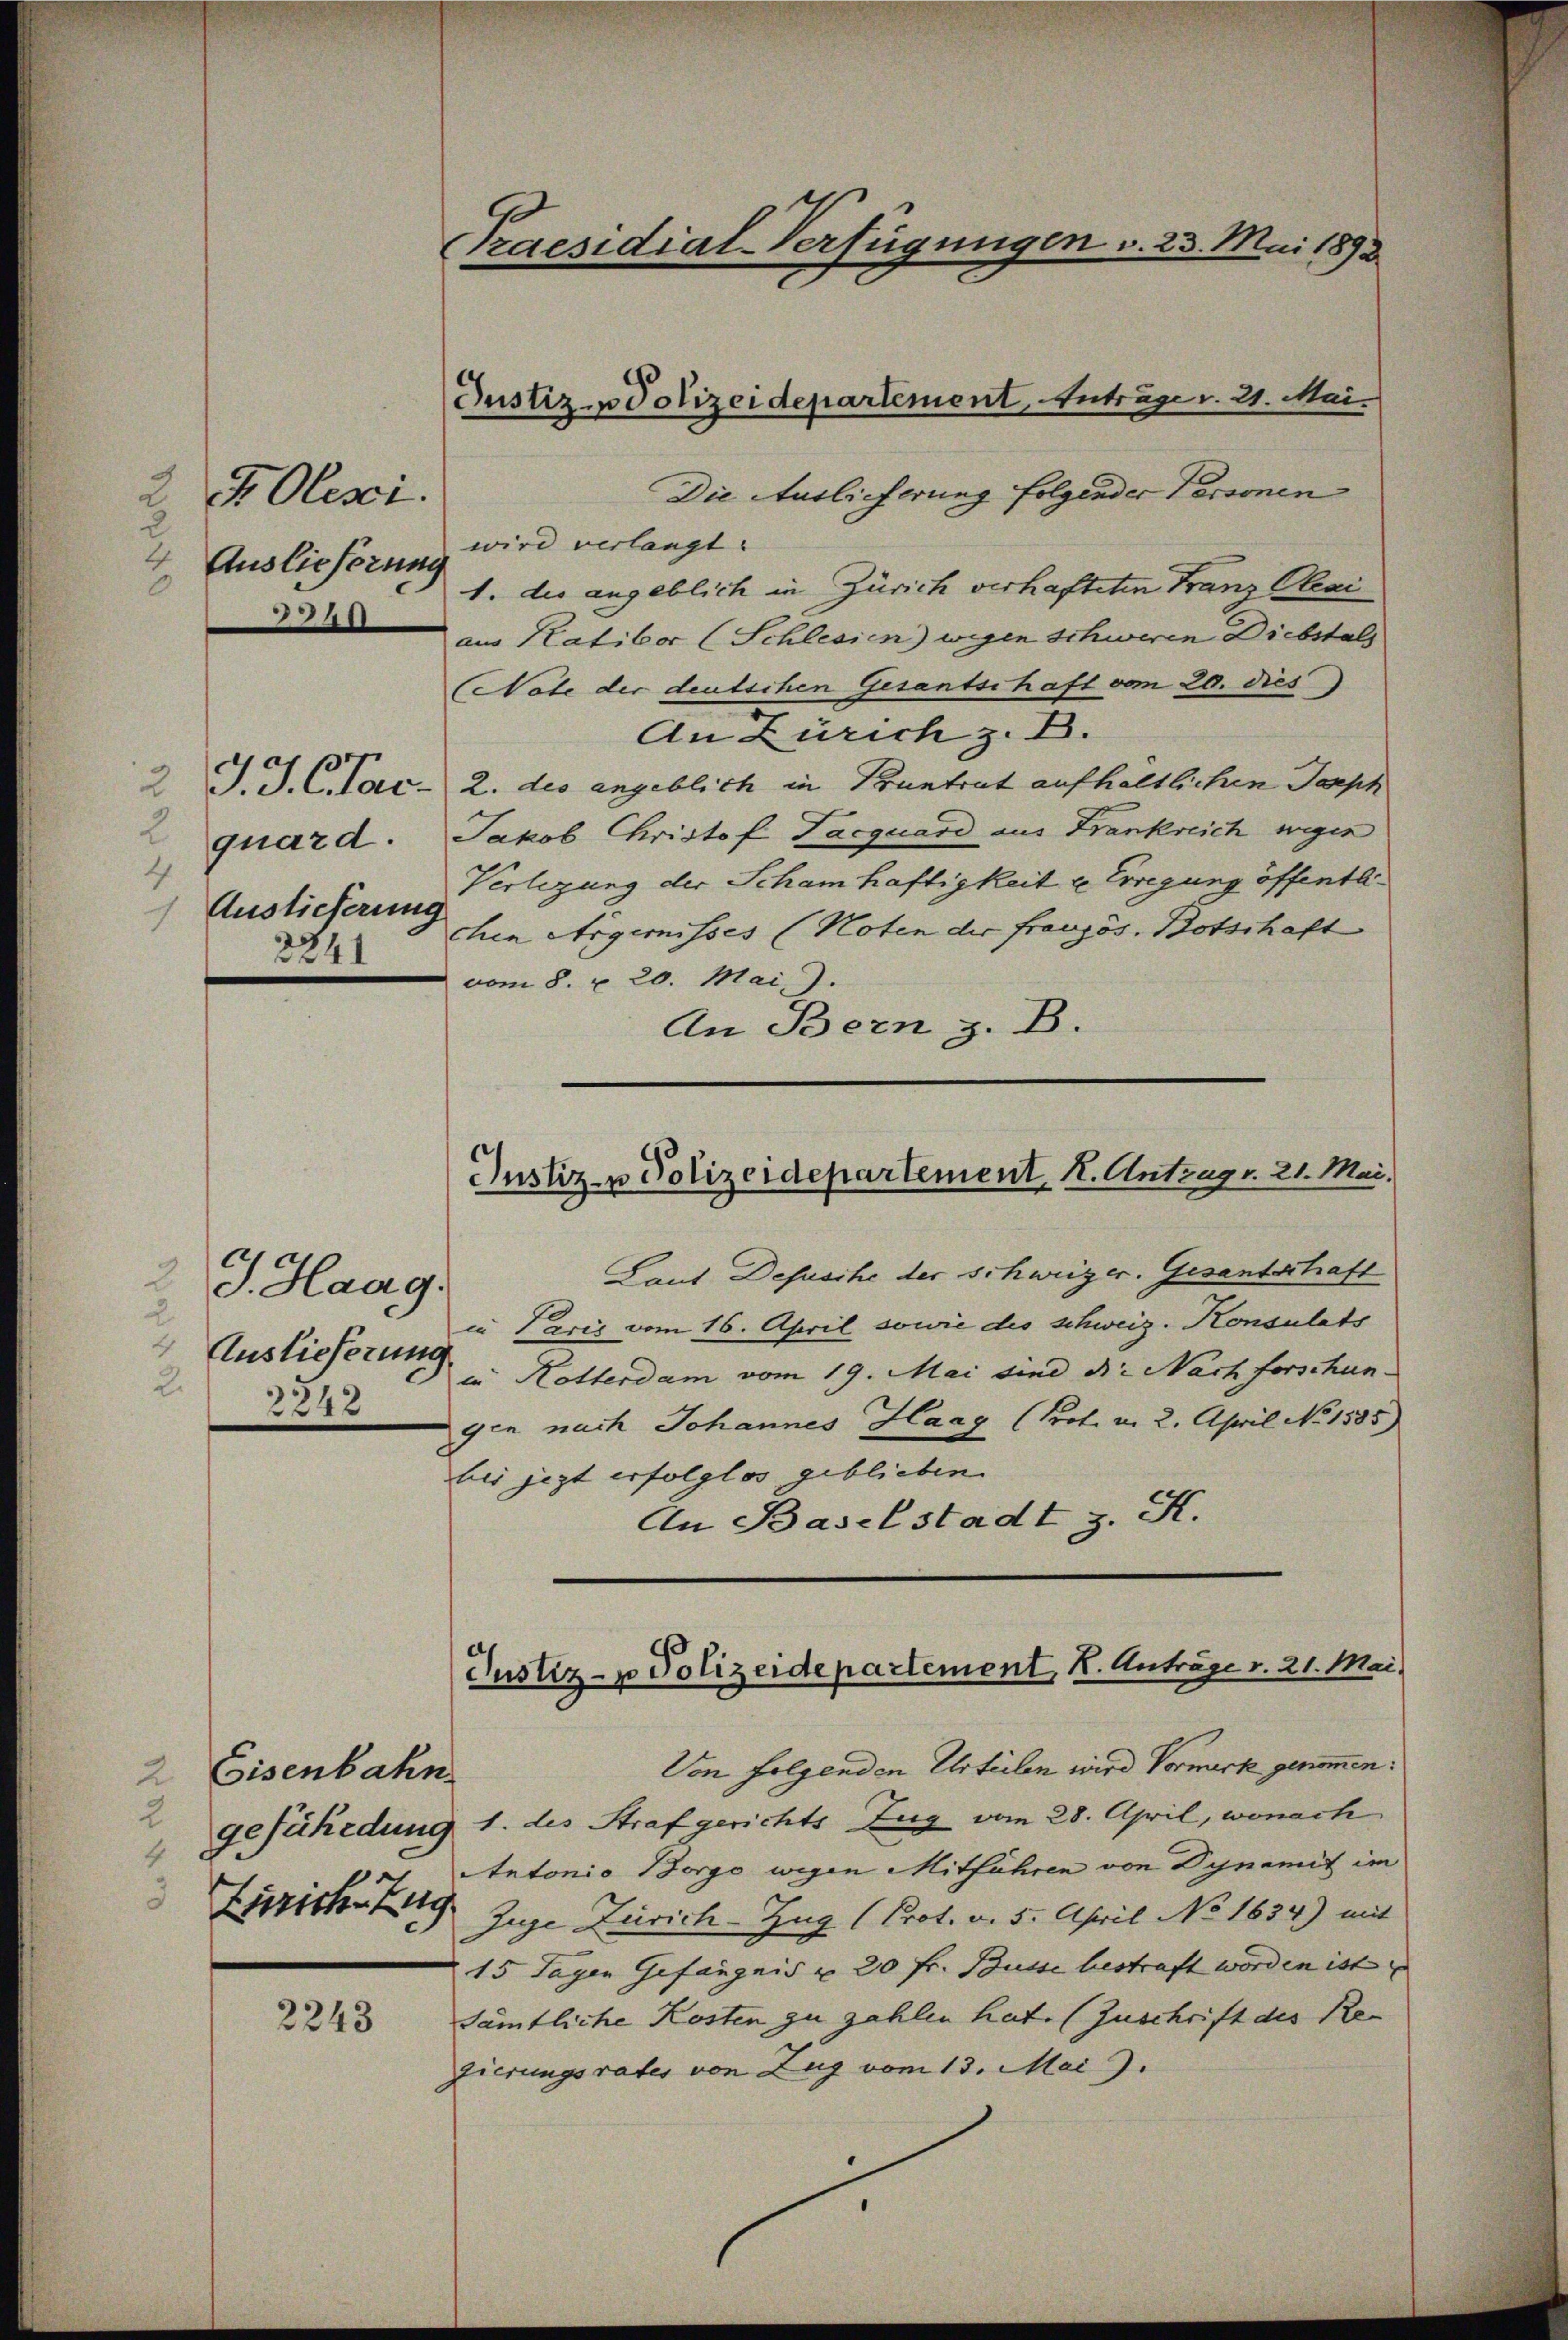
2 Olesi
u
t
Auslieferung
41

quard.
4
Auslieferung
1
2741

2 J. Haag.
 Auslieferung
2.
2242

2 Eisenbahn
2
Zürich Zug

2243

Praesidial-Verfügungen v. 23. Mai 1892

Die Auslieferung folgender Personen
 wird verlangt.
1. die angeblich in Zürich verhafteten Franz Plai
aus Katibor (Schlesien) wegen Schweren Diebstal
(Note der deutschen Gesantschaft vom 20. dies
An Zürich z. B.
2 J. J. C. Tac- 2. des angeblich in Krantrat aufhaltlichen Torph
Jakob Christof Tacquard aus Frankreich wegen
Verlegung der Scham haftigkeit u. Erregung öffentlichen Argemisses (Noten der französ. Botschaft
vom 8. u. 20. Mai.).
An Bern z. B.

Justiz-polizeidepartement, Anträge v. 21. Mai.

Justiz- Polizeidepartement, K. Antrag. 21. Mai.

Justiz- u Polizeidepartement, K. Anträge v. 21. Mai.

Laut Desische der Schweizer. Gesandschaft
in Paris vom 16. April sowie des schweiz. Konsulats
in Hotterdam vom 19. Mai sind die Nachforschun
gen nach Johannes Haag (Prot. v. 2. April No 1535)
bis jezt erfolglos geblieben
An Baselstadt z. St.
Von folgenden Urteilen wird Vormuck genommen:
" gefährdung 1. des Strafgerichts Zug vom 28. April, wonach
Antonio Borgo wegen Mitführen von Dynamit im
Zuge Zürich-Zug (Prot. v. 5. April No 1634) mit
15 Tagen Gefängnis u 20 fr. Busse bestraft worden ist
sämtliche Kosten zu zahlen hat. (Zuschrift des Regierungsrates von Zug vom 13. Mai.